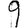
Digit: 9